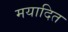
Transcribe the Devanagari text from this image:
मयादित